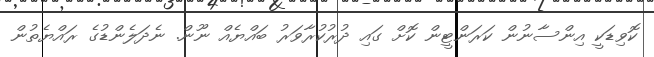
ކޮވިޑަކީ އިންސާނުން ކަރަންޓީން ކޮށް ގައި ދުރުކުރާވަރު ބައްޔެއް ނޫން. ނެދަލެންޑުގެ ރައްޔެތުން